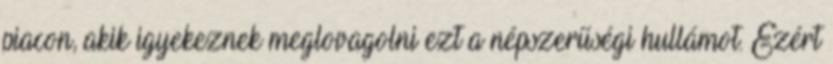
piacon, akik igyekeznek meglovagolni ezt a népszerűségi hullámot. Ezért